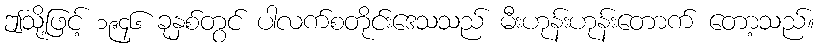
ဤသို့ဖြင့် ၁၉၄၆ ခုနှစ်တွင် ပါလက်စတိုင်းဒေသသည် မီးဟုန်းဟုန်းတောက် တော့သည်။